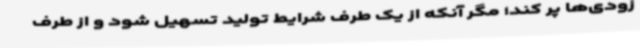
زودی‌ها پر کند؛ مگر آنکه از یک طرف شرایط تولید تسهیل شود و از طرف